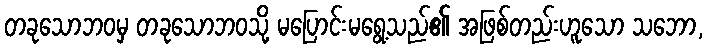
တခုသောဘဝမှ တခုသောဘဝသို့ မပြောင်းမရွေ့သည်၏ အဖြစ်တည်းဟူသော သဘော,